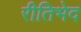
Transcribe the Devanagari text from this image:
रीतिभेद